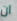
ان